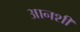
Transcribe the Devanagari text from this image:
आनशी